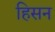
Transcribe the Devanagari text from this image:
हिसन